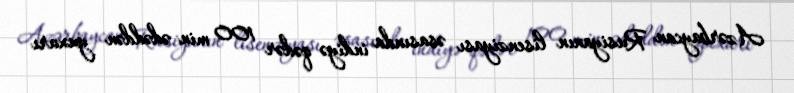
Azərbaycan Rusiyanın lisenziyası əsasında indiyə qədər 100 min ədəddən yuxarı